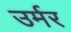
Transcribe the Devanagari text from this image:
उर्मर